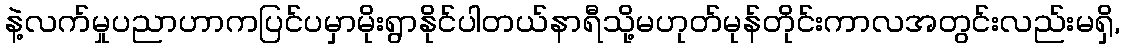
နဲ့လက်မှုပညာဟာကပြင်ပမှာမိုးရွာနိုင်ပါတယ်နာရီသို့မဟုတ်မုန်တိုင်းကာလအတွင်းလည်းမရှိ,